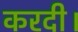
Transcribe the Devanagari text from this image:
करदी।